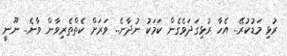
ރުޅި މަޑުކުރޭ.. އެހާ ރުޅިގަދަވެގެން ކަމަކު ނުދާނެ.. ވަރަށް ކެތްތެރިވާން ވާނެ.. ނޫނީ